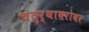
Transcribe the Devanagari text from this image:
चतुर्थाबरोबर